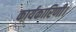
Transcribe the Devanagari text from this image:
कार्यकारिणी।